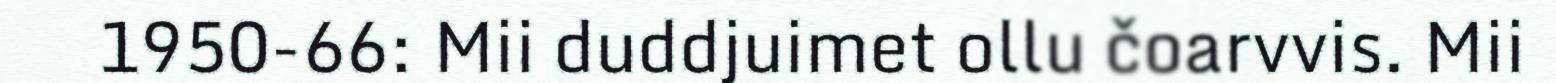
1950-66: Mii duddjuimet ollu čoarvvis. Mii